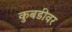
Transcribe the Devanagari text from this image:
कुबडीवर